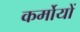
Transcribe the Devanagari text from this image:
कर्मोयों